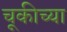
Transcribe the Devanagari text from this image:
चूकीच्या